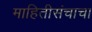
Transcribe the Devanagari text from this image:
माहितीसंचाचा